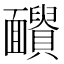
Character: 𩉓